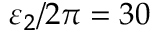
\varepsilon _ { 2 } / 2 \pi = 3 0